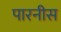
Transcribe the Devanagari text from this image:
पारनीस